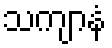
သကျာနံ